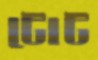
টোট